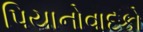
પિયાનોવાદકો